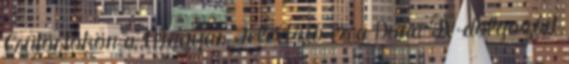
Csütörtökön a Magyar Televízió és a Duna TV dolgozóit